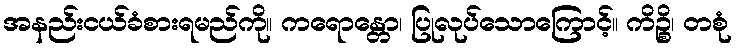
အနည်းငယ်ခံစားရမည်ကို။ ကရောန္တော၊ ပြုလုပ်သောကြောင့်။ ကိဉ္စိ၊ တစုံ